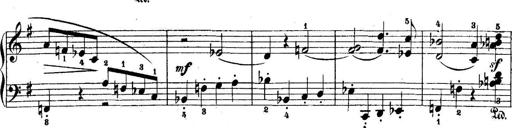
Title: 5 Sonatinas
Composer: Theodor Kirchner